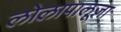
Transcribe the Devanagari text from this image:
लोलापालूज़ा